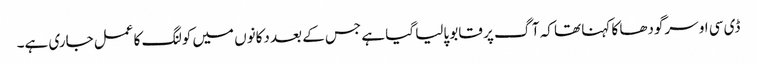
ڈی سی او سرگودھا کا کہنا تھا کہ آگ پر قابو پالیا گیا ہے جس کے بعد دکانوں میں کولنگ کا عمل جاری ہے۔